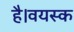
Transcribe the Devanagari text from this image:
है।वयस्क